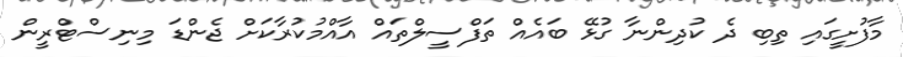
މާފުށީގައި ތިބި ދެ ކުދިންނާ ގުޅޭ ބައެއް ތަފްސީލްތައް އާއްމުކުރާކަށް ޖެންޑަ މިނިސްޓްރީން